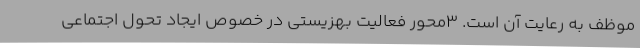
موظف به رعایت آن است. 3محور فعالیت بهزیستی در خصوص ایجاد تحول اجتماعی